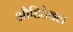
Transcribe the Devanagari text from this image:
औडिटेबल